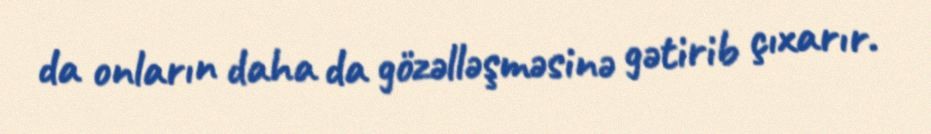
da onların daha da gözəlləşməsinə gətirib çıxarır.